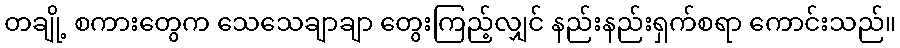
တချို့ စကားတွေက သေသေချာချာ တွေးကြည့်လျှင် နည်းနည်းရှက်စရာ ကောင်းသည်။